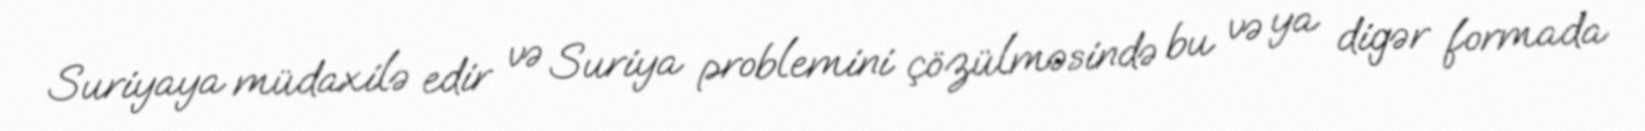
Suriyaya müdaxilə edir və Suriya problemini çözülməsində bu və ya digər formada